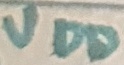
Text: VDD